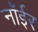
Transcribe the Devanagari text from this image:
नॉईर